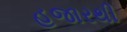
હજારથી